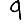
Digit: 9